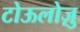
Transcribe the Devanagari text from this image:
टोऊलोज़ु